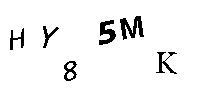
HY85MK